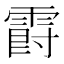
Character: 𲊁